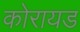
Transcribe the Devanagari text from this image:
कोरायड